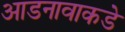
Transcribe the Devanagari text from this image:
आडनावाकडे